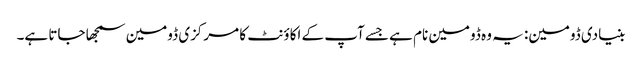
بنیادی ڈومین: یہ وہ ڈومین نام ہے جسے آپ کے اکاؤنٹ کا مرکزی ڈومین سمجھا جاتا ہے۔